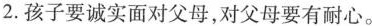
2.孩子要诚实面对父母，对父母要有耐心。